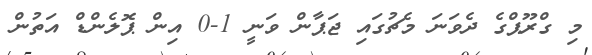
މި ގްރޫޕްގެ ދެވަނަ މެޗުގައި ޖަޕާން ވަނީ 1-0 އިން ޕޮލެންޑް އަތުން